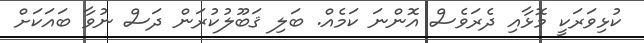
ކުޅިވަރަކީ މޮޅާއި ދެރަވެސް އޮންނަ ކަމެއް. ބަލި ޤަބޫލުކުރަން ދަސް ނުވާ ބައަކަށް